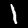
Digit: 1